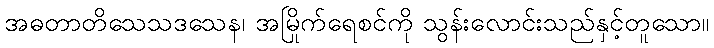
အဓတာတိသေသဒသေန၊ အမြိုက်ရေစင်ကို သွန်းလောင်းသည်နှင့်တူသော။